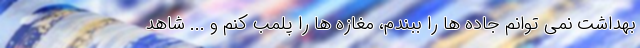
بهداشت نمی توانم جاده ها را ببندم، مغازه ها را پلمب کنم و ... شاهد